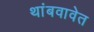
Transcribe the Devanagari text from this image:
थांबवावेत